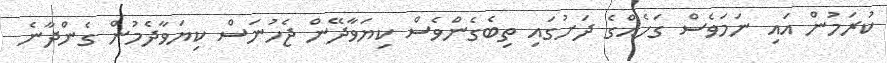
ކުރަމުން އައި ނަމަވެސް ގަހެއްގެ ދަށުގައި ތިބެގެންވެސް ކިޔަވާދޭން ޖެހުނަސް ކިޔަވާދެމުން ގެންދާނެ